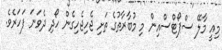
މިއީ މާލޭ ސްޕޯޓްސްއިން މި މުބާރާތުގެ ތަށި ޖެހިޖެހިގެން ހޯދި ދެވަނަ ފަހަރެވެ.